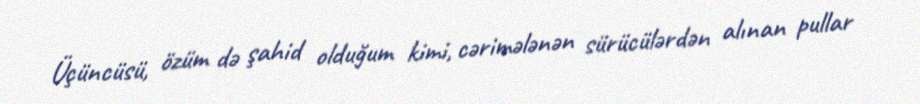
Üçüncüsü, özüm də şahid olduğum kimi, cərimələnən sürücülərdən alınan pullar